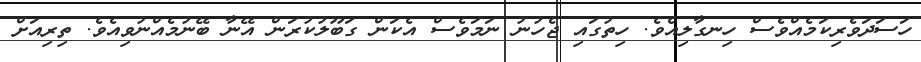
ހަސަދަވެރިކަމެއްވެސް ހިނގާލިއެވެ. ހިތުގައި ޖެހުނު ނަމަވެސް އެކަން ގަބޫލުކުރަން އޭނާ ބޭނުމެއްނުވިއެވެ. ތިރިއަށް